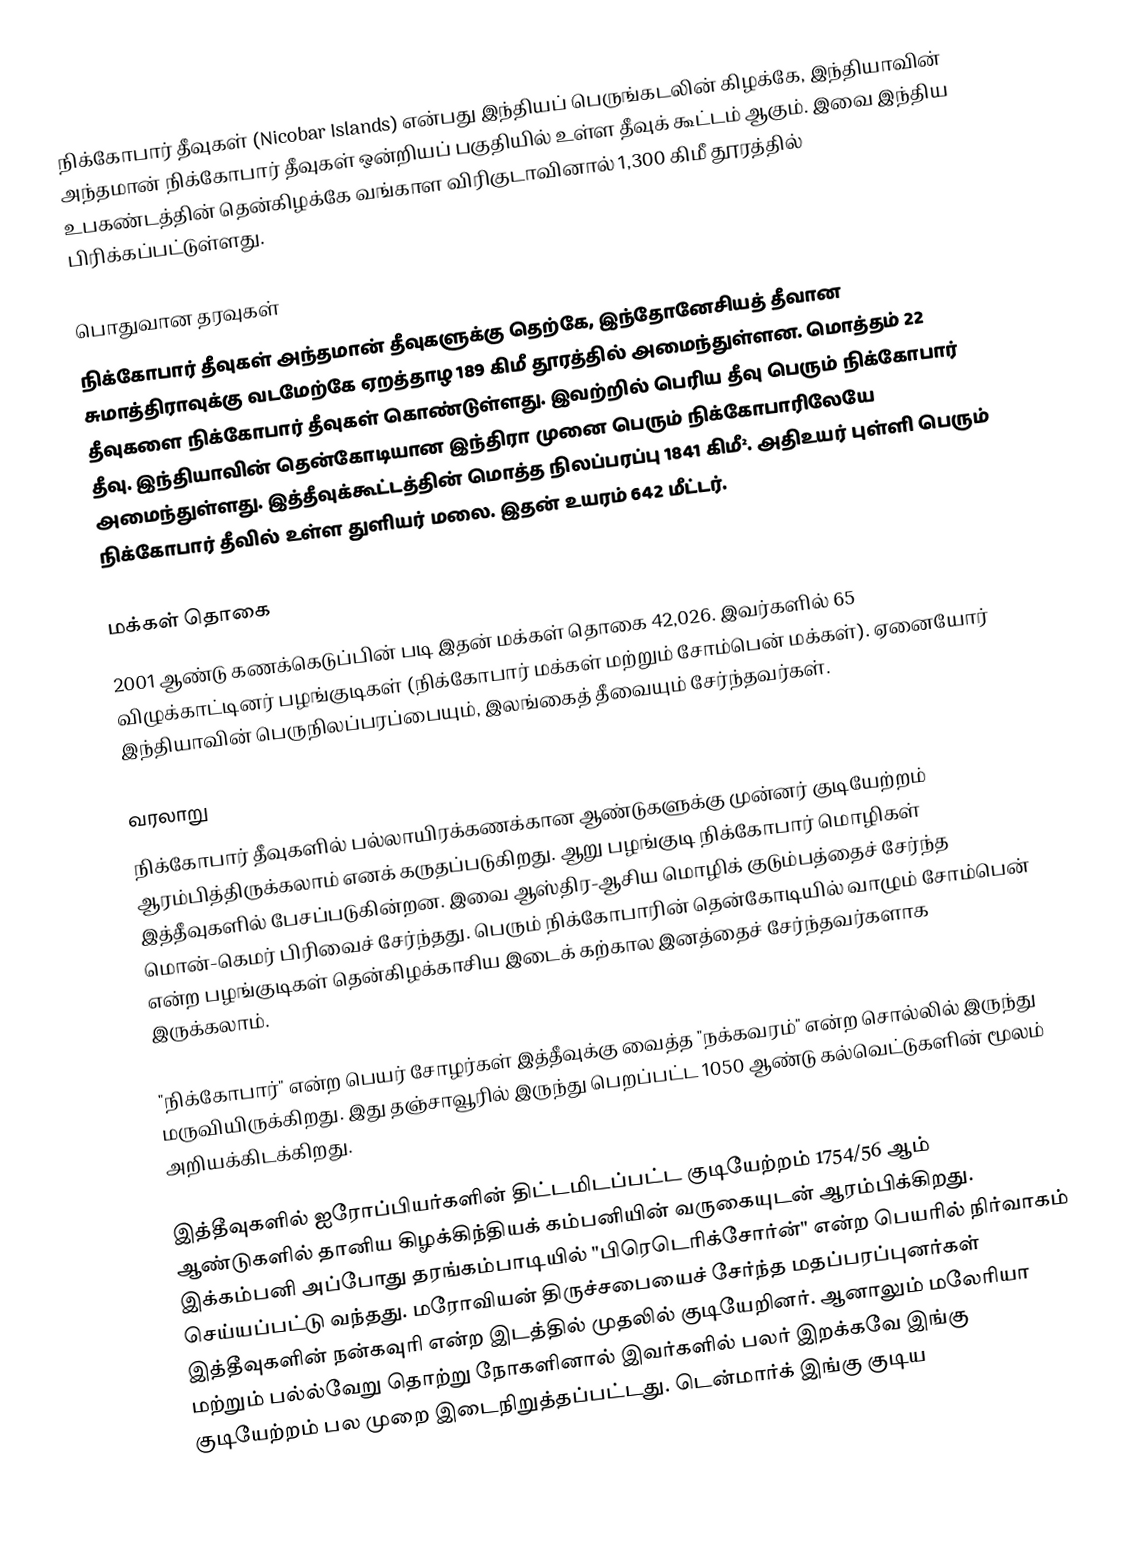
நிக்கோபார் தீவுகள் (Nicobar Islands) என்பது இந்தியப் பெருங்கடலின் கிழக்கே, இந்தியாவின் அந்தமான் நிக்கோபார் தீவுகள் ஒன்றியப் பகுதியில் உள்ள தீவுக் கூட்டம் ஆகும். இவை இந்திய உபகண்டத்தின் தென்கிழக்கே வங்காள விரிகுடாவினால் 1,300 கிமீ தூரத்தில் பிரிக்கப்பட்டுள்ளது.

பொதுவான தரவுகள்
நிக்கோபார் தீவுகள் அந்தமான் தீவுகளுக்கு தெற்கே, இந்தோனேசியத் தீவான சுமாத்திராவுக்கு வடமேற்கே ஏறத்தாழ 189 கிமீ தூரத்தில் அமைந்துள்ளன. மொத்தம் 22 தீவுகளை நிக்கோபார் தீவுகள் கொண்டுள்ளது. இவற்றில் பெரிய தீவு பெரும் நிக்கோபார் தீவு. இந்தியாவின் தென்கோடியான இந்திரா முனை பெரும் நிக்கோபாரிலேயே அமைந்துள்ளது. இத்தீவுக்கூட்டத்தின் மொத்த நிலப்பரப்பு 1841 கிமீ². அதிஉயர் புள்ளி பெரும் நிக்கோபார் தீவில் உள்ள துளியர் மலை. இதன் உயரம் 642 மீட்டர்.

மக்கள் தொகை
2001 ஆண்டு கணக்கெடுப்பின் படி இதன் மக்கள் தொகை 42,026. இவர்களில் 65 விழுக்காட்டினர் பழங்குடிகள் (நிக்கோபார் மக்கள் மற்றும் சோம்பென் மக்கள்). ஏனையோர் இந்தியாவின் பெருநிலப்பரப்பையும், இலங்கைத் தீவையும் சேர்ந்தவர்கள்.

வரலாறு
நிக்கோபார் தீவுகளில் பல்லாயிரக்கணக்கான ஆண்டுகளுக்கு முன்னர் குடியேற்றம் ஆரம்பித்திருக்கலாம் எனக் கருதப்படுகிறது. ஆறு பழங்குடி நிக்கோபார் மொழிகள் இத்தீவுகளில் பேசப்படுகின்றன. இவை ஆஸ்திர-ஆசிய மொழிக் குடும்பத்தைச் சேர்ந்த மொன்-கெமர் பிரிவைச் சேர்ந்தது. பெரும் நிக்கோபாரின் தென்கோடியில் வாழும் சோம்பென் என்ற பழங்குடிகள் தென்கிழக்காசிய இடைக் கற்கால இனத்தைச் சேர்ந்தவர்களாக இருக்கலாம்.

"நிக்கோபார்" என்ற பெயர் சோழர்கள் இத்தீவுக்கு வைத்த "நக்கவரம்" என்ற சொல்லில் இருந்து மருவியிருக்கிறது. இது தஞ்சாவூரில் இருந்து பெறப்பட்ட 1050 ஆண்டு கல்வெட்டுகளின் மூலம் அறியக்கிடக்கிறது.

இத்தீவுகளில் ஐரோப்பியர்களின் திட்டமிடப்பட்ட குடியேற்றம் 1754/56 ஆம் ஆண்டுகளில் தானிய கிழக்கிந்தியக் கம்பனியின் வருகையுடன் ஆரம்பிக்கிறது. இக்கம்பனி அப்போது தரங்கம்பாடியில் "பிரெடெரிக்சோர்ன்" என்ற பெயரில் நிர்வாகம் செய்யப்பட்டு வந்தது. மரோவியன் திருச்சபையைச் சேர்ந்த மதப்பரப்புனர்கள் இத்தீவுகளின் நன்கவுரி என்ற இடத்தில் முதலில் குடியேறினர். ஆனாலும் மலேரியா மற்றும் பல்ல்வேறு தொற்று நோகளினால் இவர்களில் பலர் இறக்கவே இங்கு குடியேற்றம் பல முறை இடைநிறுத்தப்பட்டது. டென்மார்க் இங்கு குடிய